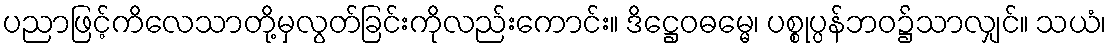
ပညာဖြင့်ကိလေသာတို့မှလွတ်ခြင်းကိုလည်းကောင်း။ ဒိဋ္ဌေဝဓမ္မေ၊ ပစ္စုပ္ပန်ဘဝ၌သာလျှင်။ သယံ၊